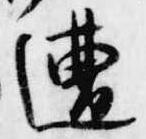
遭